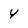
Character: 4